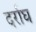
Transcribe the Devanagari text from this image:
दर्राघ